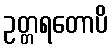
ဥတ္တရတောပိ